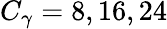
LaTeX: C_{\gamma}=8,16,24